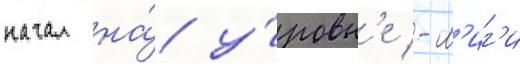
начал на́ у́ровн'е -л'иг'и